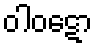
ဝါဝဋော